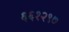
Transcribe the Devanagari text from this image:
६६१२९७